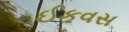
ઈકવસ